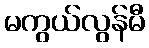
မကွယ်လွန်မီ